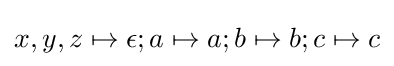
x,y,z\mapsto \epsilon ;a\mapsto a;b\mapsto b;c\mapsto c